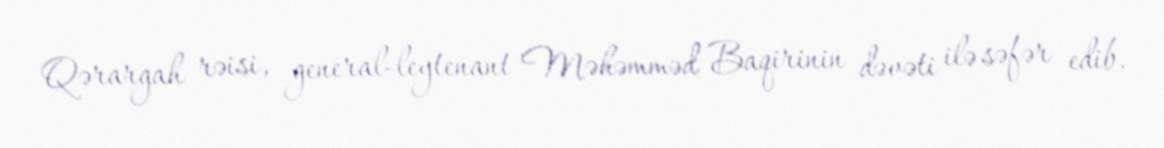
Qərargah rəisi, general-leytenant Məhəmməd Baqirinin dəvəti ilə səfər edib.